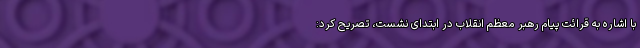
با اشاره به قرائت پیام رهبر معظم انقلاب در ابتدای نشست، تصریح کرد: